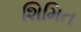
શિમિત